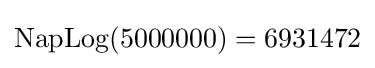
\mathrm {NapLog} (5000000)=6931472